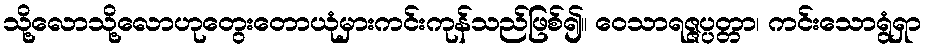
သို့လောသို့လောဟုတွေးတောယုံမှားကင်းကုန်သည်ဖြစ်၍။ ဝေသာရဇ္ဇပ္ပတ္တာ၊ ကင်းသောရွံရှာ